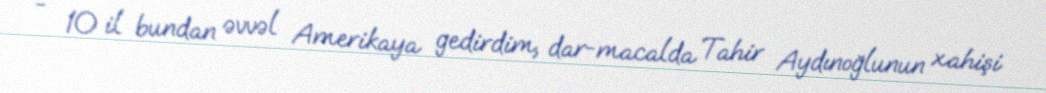
- 10 il bundan əvvəl Amerikaya gedirdim, dar-macalda Tahir Aydınoğlunun xahişi